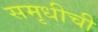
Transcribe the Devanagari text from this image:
समृधीची